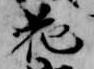
花